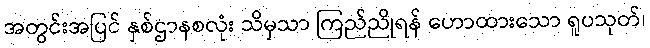
အတွင်းအပြင် နှစ်ဌာနစလုံး သိမှသာ ကြည်ညိုရန် ဟောထားသော ရူပသုတ်၊